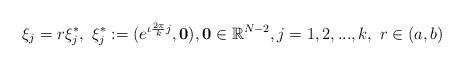
LaTeX: \begin{align*}\xi_j=r\xi_j^*,\ \xi_j^*:=( e^{\iota {2\pi\over k}j},{\bf{0}}), {\bf{0}}\in\mathbb{R}^{N-2}, j=1, 2, ..., k,\ r\in(a,b) \end{align*}